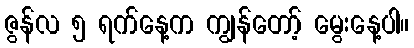
ဇွန်လ ၅ ရက်နေ့က ကျွန်တော့် မွေးနေ့ပါ။